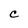
Character: C